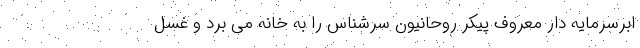
ابَرسرمایه دار معروف پیکر روحانیون سرشناس را به خانه می برد و غسل